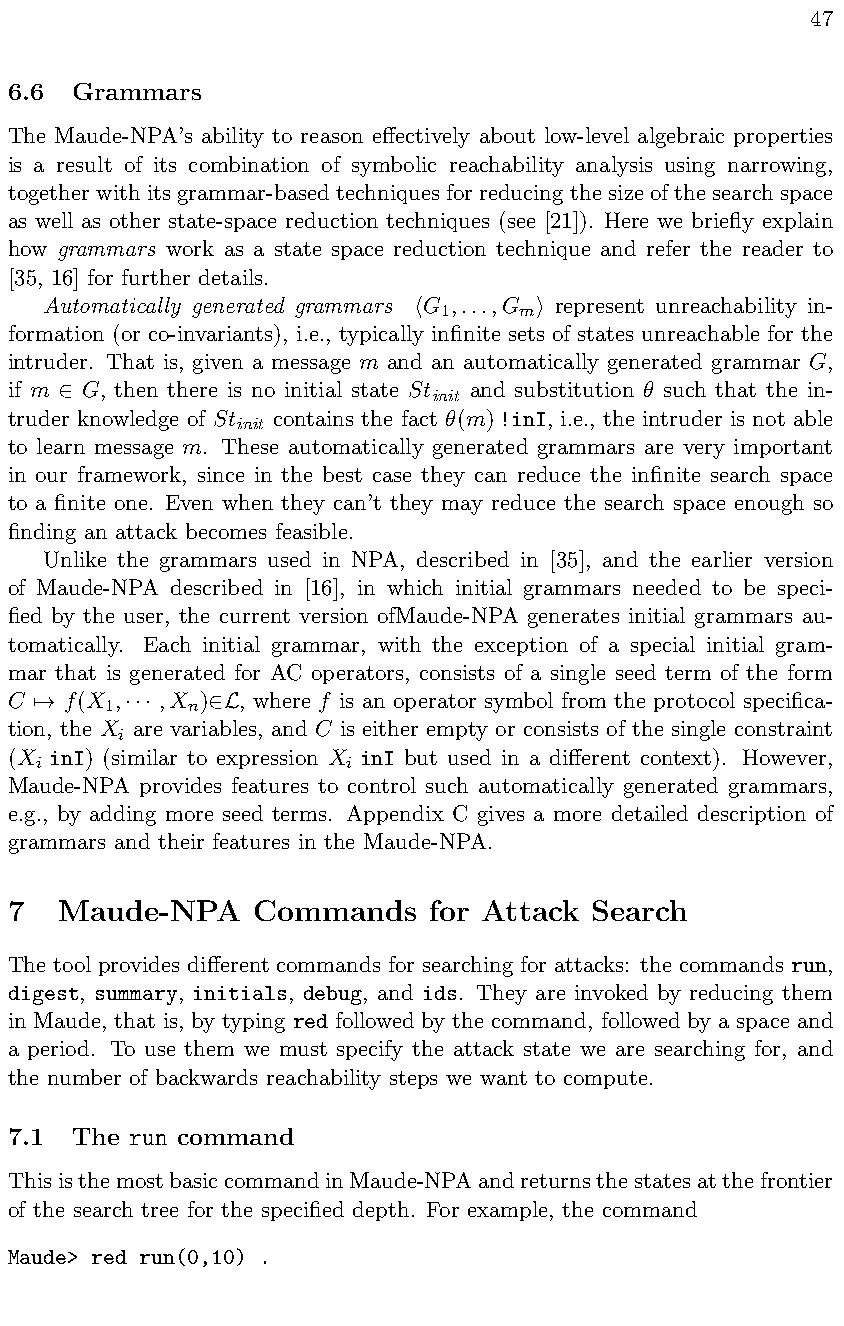
47
 6.6  Grammars
 The Maude-NPA’s ability to reason e↵ectively about low-level algebraic properties
 is a result of its combination of symbolic reachability analysis using narrowing,
 togetherwithitsgrammar-basedtechniquesforreducingthesizeofthesearchspace
 as well as other state-space reduction techniques (see [21]). Here we briefly explain
 how grammars work as a state space reduction technique and refer the reader to
 [35, 16] for further details.
 Automatically generated grammars G ,...,G represent unreachability in-
 1    m
 h       i
 formation (or co-invariants), i.e., typically infinite sets of states unreachable for the
 intruder. That is, given a message m and an automatically generated grammar G,
 if m G, then there is no initial state St and substitution ✓ such that the in-
 init
 2
 truder knowledge of St contains the fact ✓(m)!inI, i.e., the intruder is not able
 init
 to learn message m. These automatically generated grammars are very important
 in our framework, since in the best case they can reduce the infinite search space
 to a finite one. Even when they can’t they may reduce the search space enough so
 finding an attack becomes feasible.
 Unlike the grammars used in NPA, described in [35], and the earlier version
 of Maude-NPA described in [16], in which initial grammars needed to be speci-
 fied by the user, the current version ofMaude-NPA generates initial grammars au-
 tomatically. Each initial grammar, with the exception of a special initial gram-
 mar that is generated for AC operators, consists of a single seed term of the form
 C   f(X , ,X )  , where f is an operator symbol from the protocol specifica-
 1    n
 7!    ···   2L
 tion, the X are variables, and C is either empty or consists of the single constraint
 i
 (X inI) (similar to expression X inI but used in a di↵erent context). However,
 i                    i
 Maude-NPA provides features to control such automatically generated grammars,
 e.g., by adding more seed terms. Appendix C gives a more detailed description of
 grammars and their features in the Maude-NPA.
 7   Maude-NPA    Commands   for Attack Search
 The tool provides di↵erent commands for searching for attacks: the commands run,
 digest, summary, initials, debug, and ids. They are invoked by reducing them
 in Maude, that is, by typing red followed by the command, followed by a space and
 a period. To use them we must specify the attack state we are searching for, and
 the number of backwards reachability steps we want to compute.
 7.1  The run command
 ThisisthemostbasiccommandinMaude-NPAandreturnsthestatesatthefrontier
 of the search tree for the specified depth. For example, the command
 Maude> red run(0,10) .